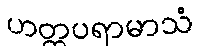
ဟတ္ထပရာမာသံ